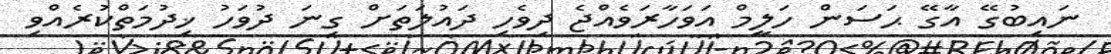
ނައިބުގޭ އާގޭ ޙަސަން ހަލީމް އަވަހާރަވެއްޖެ ދިވެހި ދައުލަތަށް ގިނަ ދުވަހު ޚިދުމަތްކުރެއްވި